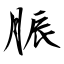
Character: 脤